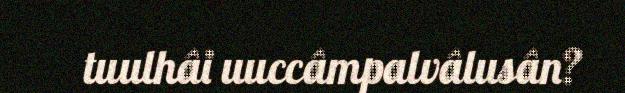
tuulhâi uuccâmpalvâlusân?